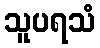
သူပရသံ